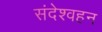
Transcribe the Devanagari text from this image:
संदेश्वहन